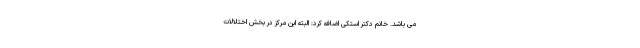
می باشد. خانم دکتر استکی اضافه کرد: البته این مرکز در بخش اختلالات